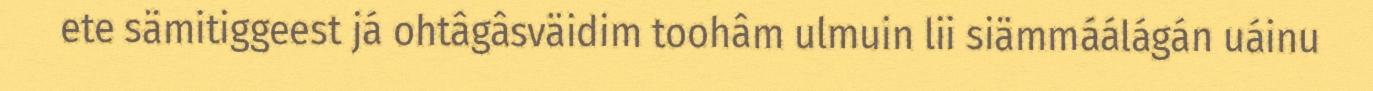
ete sämitiggeest já ohtâgâsväidim toohâm ulmuin lii siämmáálágán uáinu